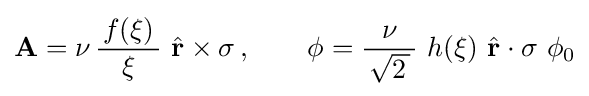
\mathbf {A} =\nu \,{\frac {\,f(\xi )\,}{\xi }}~{\hat {\mathbf {r} }}\times \mathbf {\sigma } \,,\qquad \phi ={\frac {\nu }{\,{\sqrt {2\,}}\,}}~h(\xi )~{\hat {\mathbf {r} }}\cdot \mathbf {\sigma } ~\phi _{0}